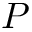
P